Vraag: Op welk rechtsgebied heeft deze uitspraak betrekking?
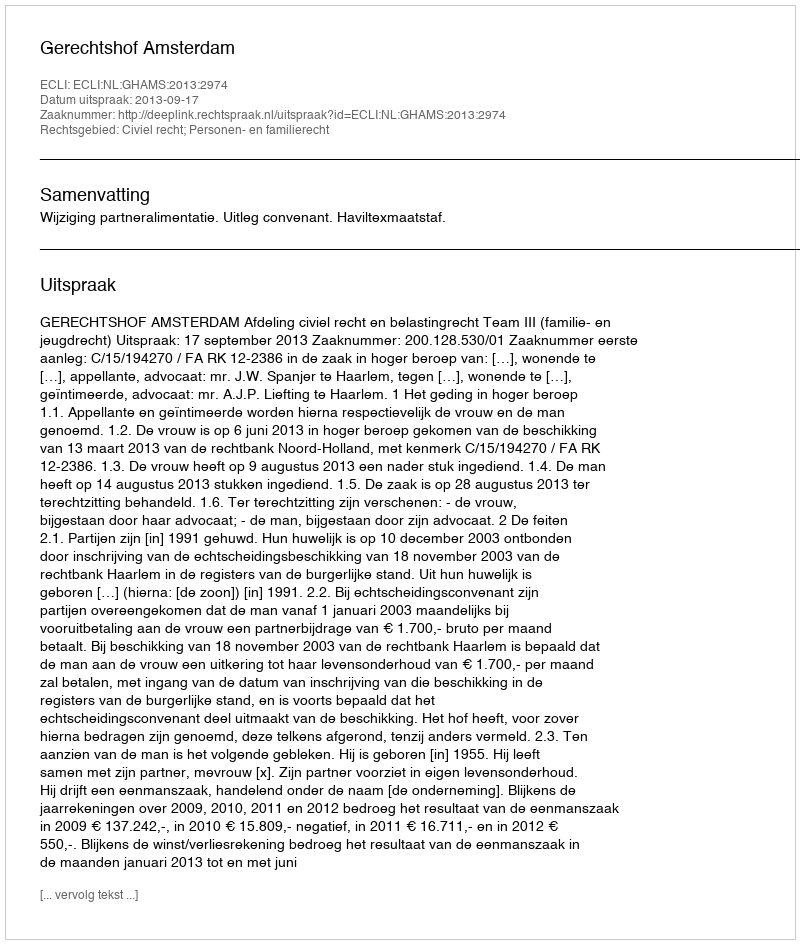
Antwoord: Civiel recht; Personen- en familierecht